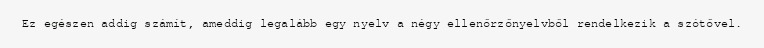
Ez egészen addig számít, ameddig legalább egy nyelv a négy ellenőrzőnyelvből rendelkezik a szótővel.